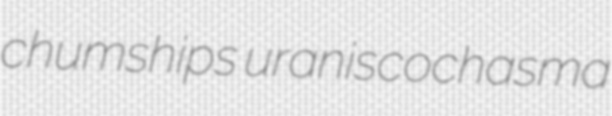
chumships uraniscochasma